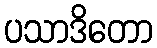
ပသာဒိတော